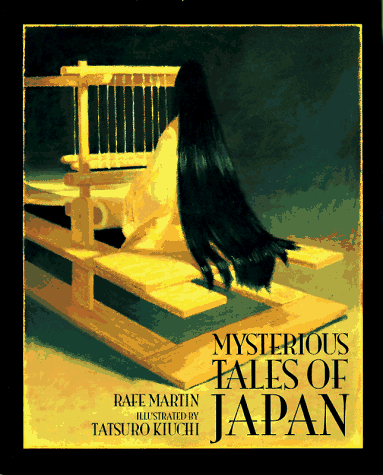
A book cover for Mysterious Tales of Japan; Rafe Martin; Children's Books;